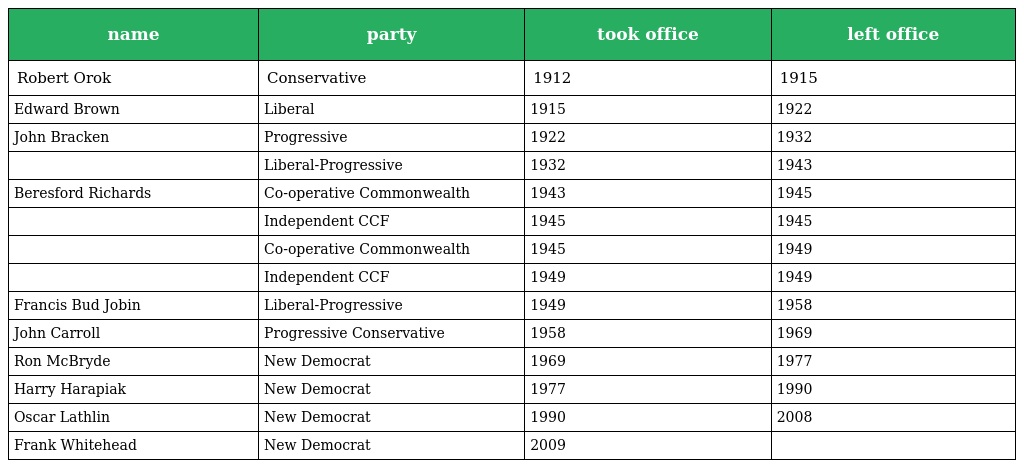
| name | party | took office | left office |
 | --- | --- | --- | --- |
 | Robert Orok | Conservative | 1912 | 1915 |
 | Edward Brown | Liberal | 1915 | 1922 |
 | John Bracken | Progressive | 1922 | 1932 |
 |  | Liberal-Progressive | 1932 | 1943 |
 | Beresford Richards | Co-operative Commonwealth | 1943 | 1945 |
 |  | Independent CCF | 1945 | 1945 |
 |  | Co-operative Commonwealth | 1945 | 1949 |
 |  | Independent CCF | 1949 | 1949 |
 | Francis Bud Jobin | Liberal-Progressive | 1949 | 1958 |
 | John Carroll | Progressive Conservative | 1958 | 1969 |
 | Ron McBryde | New Democrat | 1969 | 1977 |
 | Harry Harapiak | New Democrat | 1977 | 1990 |
 | Oscar Lathlin | New Democrat | 1990 | 2008 |
 | Frank Whitehead | New Democrat | 2009 |  |